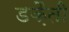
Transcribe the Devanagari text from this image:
डक़ैती